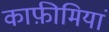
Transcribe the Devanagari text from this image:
काफ़ीमियां